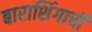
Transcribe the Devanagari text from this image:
बाराशिंगाची